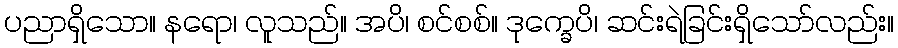
ပညာရှိသော။ နရော၊ လူသည်။ အပိ၊ စင်စစ်။ ဒုက္ခေပိ၊ ဆင်းရဲခြင်းရှိသော်လည်း။